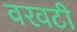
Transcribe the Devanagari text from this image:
वरवटी